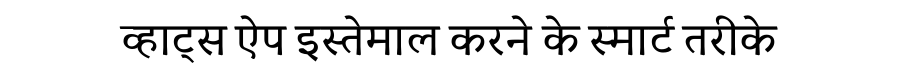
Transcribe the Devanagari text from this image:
व्हाट्स ऐप इस्तेमाल करने के स्मार्ट तरीके